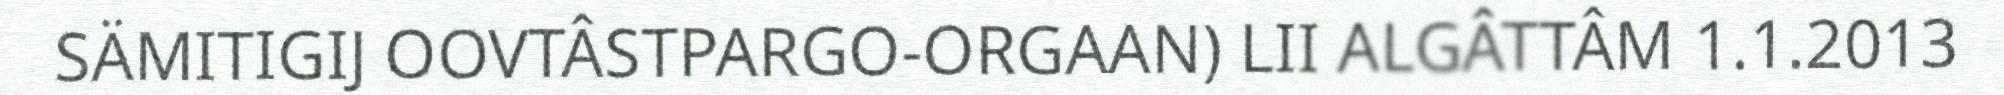
SÄMITIGIJ OOVTÂSTPARGO-ORGAAN) LII ALGÂTTÂM 1.1.2013